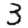
Digit: 3